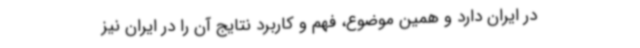
در ایران دارد و همین موضوع، فهم و کاربرد نتایج آن را در ایران نیز